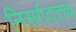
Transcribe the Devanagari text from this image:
निसर्गदत्तच